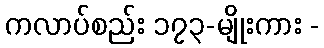
ကလာပ်စည်း ၁၇၃-မျိုးကား -